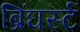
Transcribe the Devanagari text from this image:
ब्रिंघर्स्‍ट